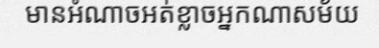
មានអំណាចអត់ខ្លាចអ្នកណាសម័យ